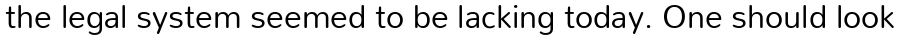
the legal system seemed to be lacking today. One should look